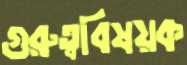
গুরুত্ববিষয়ক